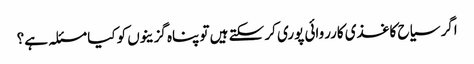
اگر سیاح کاغذی کارروائی پوری کر سکتے ہیں تو پناہ گزینوں کو کیا مسئلہ ہے؟